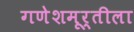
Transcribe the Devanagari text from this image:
गणेशमूर्तीला